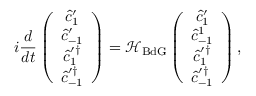
i \frac { d } { d t } \left( \begin{array} { c } { \hat { c } _ { 1 } ^ { \prime } } \\ { \hat { c } _ { - 1 } ^ { \prime } } \\ { \hat { c } _ { 1 } ^ { \prime \dagger } } \\ { \hat { c } _ { - 1 } ^ { \prime \dagger } } \end{array} \right) = \mathcal { H } _ { \mathrm { B d G } } \left( \begin{array} { c } { \hat { c } _ { 1 } ^ { \prime } } \\ { \hat { c } _ { - 1 } ^ { 1 } } \\ { \hat { c } _ { 1 } ^ { \prime \dagger } } \\ { \hat { c } _ { - 1 } ^ { \prime \dagger } } \end{array} \right) ,